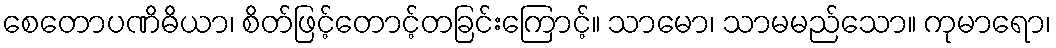
စေတောပဏိဓိယာ၊ စိတ်ဖြင့်တောင့်တခြင်းကြောင့်။ သာမော၊ သာမမည်သော။ ကုမာရော၊